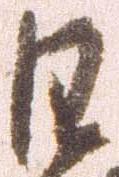
日